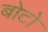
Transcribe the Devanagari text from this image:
बोटो